Lunatic asylums Madras 1877-1891 - 1877-1891
Year: 1877
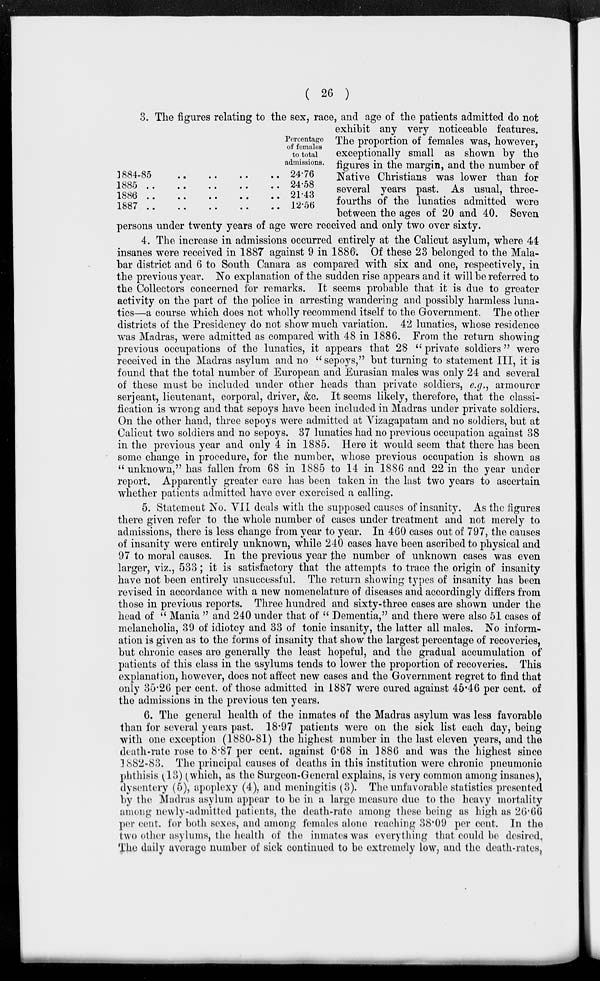
( 26 )
1884-85
..
..
..
..
1885
.. .. .. .. ..
1886 .. .. .. .. ..
l887
..
..
..
..
..
Percentage
of females
to total
admissions.
24.76
24.58
21.43
12.56
3. The figures relating to the sex, race, and age of the patients admitted do not
exhibit any very noticeable features.
The proportion of females was, however,
exceptionally small as shown by the
figures in the margin, and the number of
Native Christians was lower than for
several years past. As usual, three¬
fourths of the lunatics admitted were
between the ages of 20 and 40. Seven
persons under twenty years of age were received and only two over sixty.
4. The increase in admissions occurred entirely at the Calicut asylum, where 44
insanes were received in 1887 against 9 in 1886. Of these 23 belonged to the Mala-
bar district and 6 to South Canara as compared with six and one, respectively, in
the previous year. No explanation of the sudden rise appears and it will be referred to
the Collectors concerned for remarks. It seems probable that it is due to greater
activity on the part of the police in arresting wandering and possibly harmless luna-
tics—a course which does not wholly recommend itself to the Government. The other
districts of the Presidency do not show much variation. 42 lunatics, whose residence
was Madras, were admitted as compared with 48 in 1886. From the return showing
previous occupations of the lunatics, it appears that 28 " private soldiers" were
received in the Madras asylum and no " sepoys," but turning to statement III, it is
found that the total number of European and Eurasian males was only 24 and several
of these must be included under other heads than private soldiers, e.g., armourer
serjeant, lieutenant, corporal, driver, &c. It seems likely, therefore, that the classi-
fication is wrong and that sepoys have been included in Madras under private soldiers.
On the other hand, three sepoys were admitted at Vizagapatam and no soldiers, but at
Calicut two soldiers and no sepoys. 37 lunatics had no previous occupation against 38
in the previous year and only 4 in 1885. Here it would seem that there has been
some change in procedure, for the number, whose previous occupation is shown as
"unknown," has fallen from 68 in 1885 to 14 in 1886 and 22 in the year under
report. Apparently greater care has been taken in the last two years to ascertain
whether patients admitted have ever exercised a calling.
5. Statement No. VII deals with the supposed causes of insanity. As the figures
there given refer to the whole number of cases under treatment and not merely to
admissions, there is less change from year to year. In 460 cases out of 797, the causes
of insanity were entirely unknown, while 240 cases have been ascribed to physical and
97 to moral causes. In the previous year the number of unknown cases was even
larger, viz., 533; it is satisfactory that the attempts to trace the origin of insanity
have not been entirely unsuccessful. The return showing types of insanity has been
revised in accordance with a new nomenclature of diseases and accordingly differs from
those in previous reports. Three hundred and sixty-three cases are shown under the
head of '' Mania " and 240 under that of " Dementia," and there were also 51 cases of
melancholia, 39 of idiotcy and 33 of tonic insanity, the latter all males. No inform-
ation is given as to the forms of insanity that show the largest percentage of recoveries,
but chronic cases are generally the least hopeful, and the gradual accumulation of
patients of this class in the asylums tends to lower the proportion of recoveries. This
explanation, however, does not affect new cases and the Government regret to find that
only 35.26 per cent. of those admitted in 1887 were cured against 45.46 per cent. of
the admissions in the previous ten years.
6. The general health of the inmates of the Madras asylum was less favorable
than for several years past. 18.97 patients were on the sick list each day, being
with one exception (1880-81) the highest number in the last eleven years, and the
death-rate rose to 8.87 per cent. against 6.68 in 1886 and was the highest since
1882-83. The principal causes of deaths in this institution were chronic pneumonic
phthisis (13) (which, as the Surgeon-General explains, is very common among insanes),
dysentery (5), apoplexy (4), and meningitis (3). The unfavorable statistics presented
by the Madras asylum appear to be in a large measure due to the heavy mortality
among newly-admitted patients, the death-rate among these being as high as 26.66
per cent. for both sexes, and among females alone reaching 38.09 per cent. In the
two other asylums, the health of the inmates was everything that could be desired.
The daily average number of sick continued to be extremely low, and the death-rates,